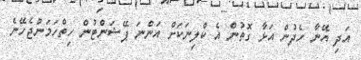
އަދި އޭނާ ހެދުން އަޅާ ގޮތުން އެ ކްލިނަކަށް އަންނަ ޕޭޝަންޓުން ހިތްހަމަނުޖެހޭނެ